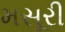
મસૂરી